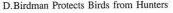
D.Birdman Protects Birds from Hunters